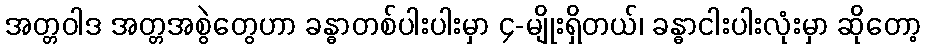
အတ္တဝါဒ အတ္တအစွဲတွေဟာ ခန္ဓာတစ်ပါးပါးမှာ ၄-မျိုးရှိတယ်၊ ခန္ဓာငါးပါးလုံးမှာ ဆိုတော့